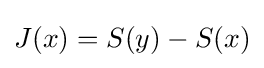
J(x)=S(y)-S(x)